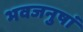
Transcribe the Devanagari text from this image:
भवजनुषां